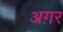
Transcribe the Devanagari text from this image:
अग़र